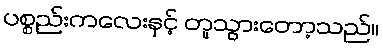
ပစ္စည်းကလေးနှင့် တူသွားတော့သည်။